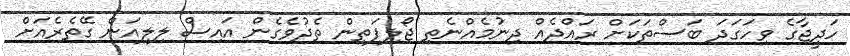
ހަދީޖާގެ ވިހަގަދަ ބަސްތަކަށް ރައްދެއް ދިނުމެއްނެތި ޖޯލިފަތިން ތެދުވެގެން އައިސް ލިލިއަން ގޭތެރެއަށް